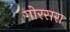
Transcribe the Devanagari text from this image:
गोरसरा